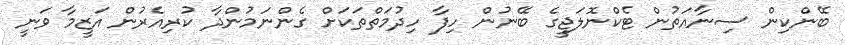
ބޭންކިން ސިނާއަތުން ޓެކްނޮލަޖީގެ ބޭނުން ހިފާ ހިދުމަތްތަކަށް ގެންނަމުންދާ ކުރިއެރުން އަޒީމާ ވަނީ